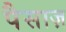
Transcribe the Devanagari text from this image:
पैसाज़